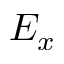
E _ { x }